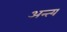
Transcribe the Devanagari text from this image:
अन्‍त्‍य